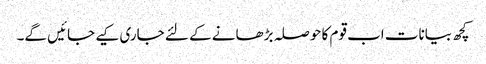
کچھ بیانات اب قوم کا حوصلہ بڑھانے کے لئے جاری کیے جائیں گے۔